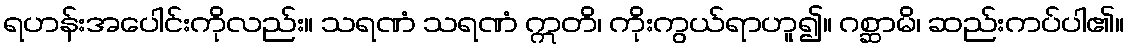
ရဟန်းအပေါင်းကိုလည်း။ သရဏံ သရဏံ ဣတိ၊ ကိုးကွယ်ရာဟူ၍။ ဂစ္ဆာမိ၊ ဆည်းကပ်ပါ၏။